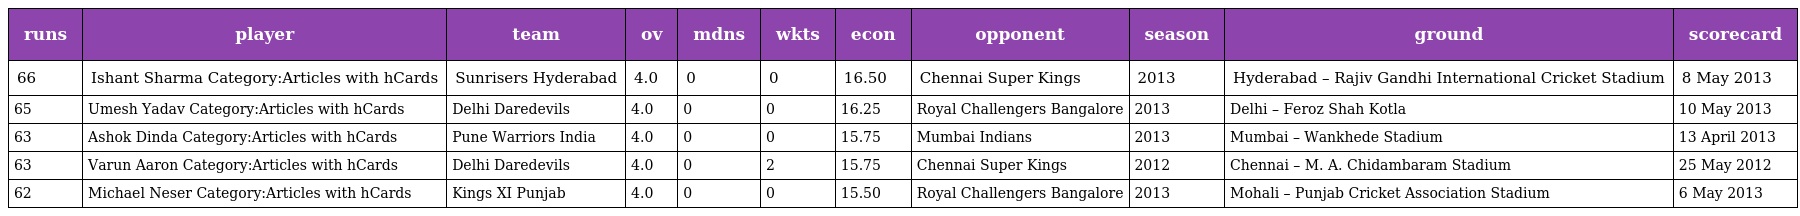
| runs | player | team | ov | mdns | wkts | econ | opponent | season | ground | scorecard |
 | --- | --- | --- | --- | --- | --- | --- | --- | --- | --- | --- |
 | 66 | Ishant Sharma Category:Articles with hCards | Sunrisers Hyderabad | 4.0 | 0 | 0 | 16.50 | Chennai Super Kings | 2013 | Hyderabad – Rajiv Gandhi International Cricket Stadium | 8 May 2013 |
 | 65 | Umesh Yadav Category:Articles with hCards | Delhi Daredevils | 4.0 | 0 | 0 | 16.25 | Royal Challengers Bangalore | 2013 | Delhi – Feroz Shah Kotla | 10 May 2013 |
 | 63 | Ashok Dinda Category:Articles with hCards | Pune Warriors India | 4.0 | 0 | 0 | 15.75 | Mumbai Indians | 2013 | Mumbai – Wankhede Stadium | 13 April 2013 |
 | 63 | Varun Aaron Category:Articles with hCards | Delhi Daredevils | 4.0 | 0 | 2 | 15.75 | Chennai Super Kings | 2012 | Chennai – M. A. Chidambaram Stadium | 25 May 2012 |
 | 62 | Michael Neser Category:Articles with hCards | Kings XI Punjab | 4.0 | 0 | 0 | 15.50 | Royal Challengers Bangalore | 2013 | Mohali – Punjab Cricket Association Stadium | 6 May 2013 |